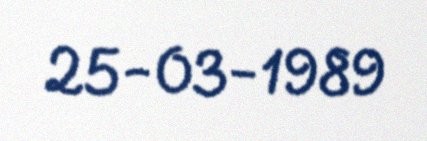
25-03-1989